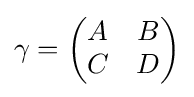
\gamma ={\begin{pmatrix}A&B\\C&D\end{pmatrix}}